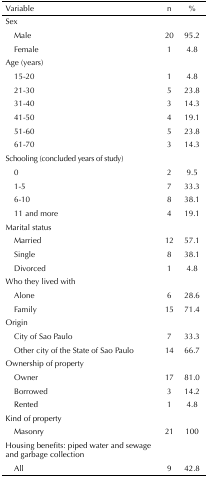
<table><thead><tr><td><b>Variable</b></td><td><b>n</b></td><td><b>%</b></td></tr></thead><tbody><tr><td>Sex</td><td> </td><td> </td></tr><tr><td>Male</td><td>20</td><td>95.2</td></tr><tr><td>Female</td><td>1</td><td>4.8</td></tr><tr><td>Age (years)</td><td> </td><td> </td></tr><tr><td>15-20</td><td>1</td><td>4.8</td></tr><tr><td>21-30</td><td>5</td><td>23.8</td></tr><tr><td>31-40</td><td>3</td><td>14.3</td></tr><tr><td>41-50</td><td>4</td><td>19.1</td></tr><tr><td>51-60</td><td>5</td><td>23.8</td></tr><tr><td>61-70</td><td>3</td><td>14.3</td></tr><tr><td>Schooling (concluded years of study)</td><td> </td><td> </td></tr><tr><td>0</td><td>2</td><td>9.5</td></tr><tr><td>1-5</td><td>7</td><td>33.3</td></tr><tr><td>6-10</td><td>8</td><td>38.1</td></tr><tr><td>11 and more</td><td>4</td><td>19.1</td></tr><tr><td>Marital status</td><td> </td><td> </td></tr><tr><td>Married</td><td>12</td><td>57.1</td></tr><tr><td>Single</td><td>8</td><td>38.1</td></tr><tr><td>Divorced</td><td>1</td><td>4.8</td></tr><tr><td>Who they lived with</td><td> </td><td> </td></tr><tr><td>Alone</td><td>6</td><td>28.6</td></tr><tr><td>Family</td><td>15</td><td>71.4</td></tr><tr><td>Origin</td><td> </td><td> </td></tr><tr><td>City of Sao Paulo</td><td>7</td><td>33.3</td></tr><tr><td>Other city of the State of Sao Paulo</td><td>14</td><td>66.7</td></tr><tr><td>Ownership of property</td><td> </td><td> </td></tr><tr><td>Owner</td><td>17</td><td>81.0</td></tr><tr><td>Borrowed</td><td>3</td><td>14.2</td></tr><tr><td>Rented</td><td>1</td><td>4.8</td></tr><tr><td>Kind of property</td><td> </td><td> </td></tr><tr><td>Masonry</td><td>21</td><td>100</td></tr><tr><td colspan="3">Housing benefits: piped water and sewage and garbage collection</td></tr><tr><td>All</td><td>9</td><td>42.8</td></tr></tbody></table>